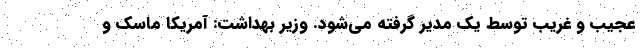
عجیب و ‌غریب توسط یک مدیر گرفته می‌شود. وزیر بهداشت: آمریکا ماسک و